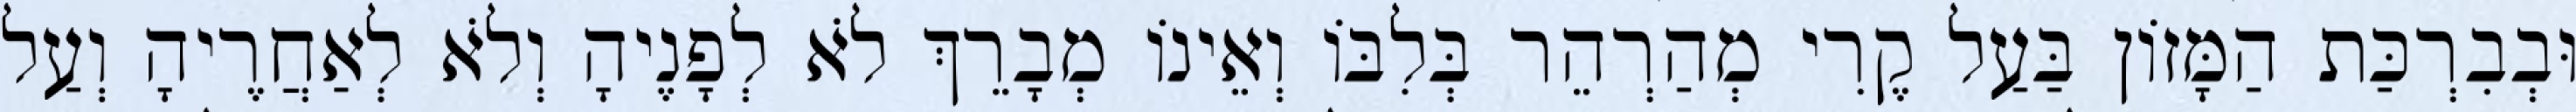
וּבְבִרְכַּת הַמָּזוֹן בַּעַל קֶרִי מְהַרְהֵר בְּלִבּוֹ וְאֵינוֹ מְבָרֵךְ לֹא לְפָנֶיהָ וְלֹא לְאַחֲרֶיהָ וְעַל